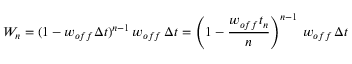
W _ { n } = ( 1 - w _ { o f f } \Delta t ) ^ { n - 1 } \, w _ { o f f } \, \Delta t = \left( 1 - { \frac { w _ { o f f } t _ { n } } { n } } \right) ^ { n - 1 } \, w _ { o f f } \, \Delta t